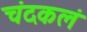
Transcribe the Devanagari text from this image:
चंदकलं